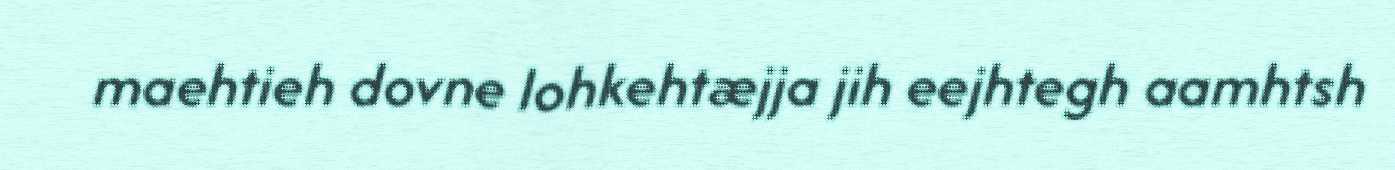
maehtieh dovne lohkehtæjja jih eejhtegh aamhtsh